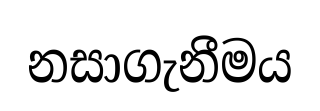
නසාගැනීමය